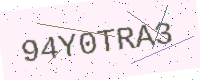
Text: 94Y0TRA3